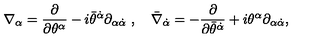
\nabla _ { \alpha } = \frac { \partial } { \partial \theta ^ { \alpha } } - i \bar { \theta } ^ { \dot { \alpha } } \partial _ { \alpha { \dot { \alpha } } } \ , \quad \bar { \nabla } _ { \dot { \alpha } } = - \frac { \partial } { \partial \bar { \theta } ^ { \dot { \alpha } } } + i \theta ^ { \alpha } \partial _ { \alpha { \dot { \alpha } } } ,